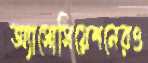
অ্যাসোসিয়েশনেরও